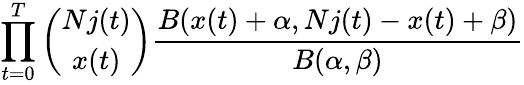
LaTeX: \prod_{t=0}^{T}{\binom{Nj(t)}{x(t)}}\frac{B(x(t)+\alpha,Nj(t)-x(t)+\beta)}{B(\alpha,\beta)}